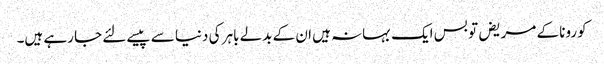
کورونا کے مریض تو بس ایک بہانہ ہیں ان کے بدلے باہر کی دنیا سے پیسے لئے جا رہے ہیں۔